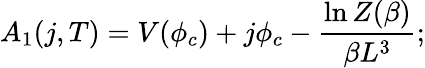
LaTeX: A_{1}(j,T)=V(\phi_{c})+j\phi_{c}-{\frac{\ln Z(\beta)}{\beta L^{3}}};